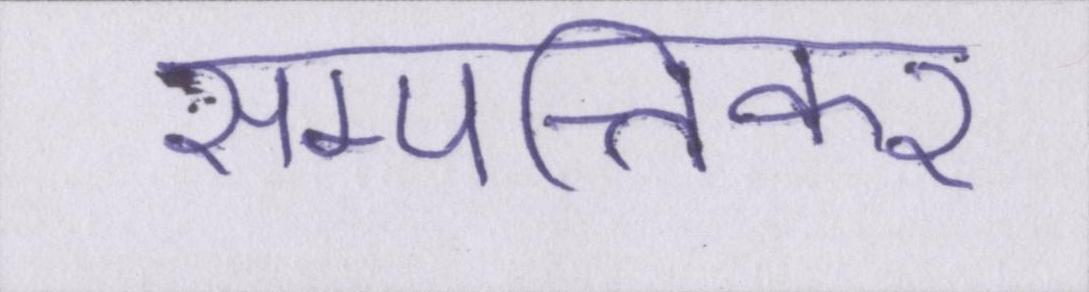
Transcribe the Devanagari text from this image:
सम्पत्तिकर